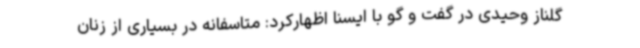
گلناز وحیدی در گفت و گو با ایسنا اظهارکرد: متاسفانه در بسیاری از زنان